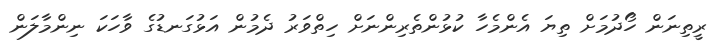
ރީތިނަން ހޯދުމަށް ތިޔަ އެންމެހާ ކުޅުންތެރިންނަށް ހިތްވަރު ދެމުން އަޅުގަނޑުގެ ވާހަކަ ނިންމާލަން